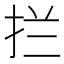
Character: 拦